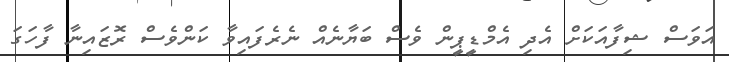
އަވަސް ޝިފާއަކަށް އެދި އެމްޑީޕީން ވެސް ބަޔާނެއް ނެރެފައިވާ ކަންވެސް ރޮޒައިނާ ފާހަގަ